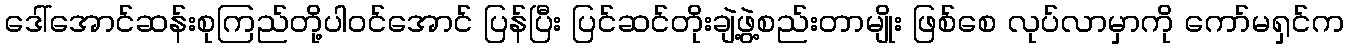
ဒေါ်အောင်ဆန်းစုကြည်တို့ပါဝင်အောင် ပြန်ပြီး ပြင်ဆင်တိုးချဲ့ဖွဲ့စည်းတာမျိုး ဖြစ်စေ လုပ်လာမှာကို ကော်မရှင်က